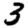
Digit: 3